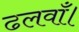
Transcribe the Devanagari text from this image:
ढलवाँ।